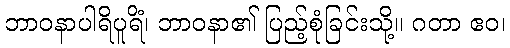
ဘာဝနာပါရိပူရိံ၊ ဘာဝနာ၏ ပြည့်စုံခြင်းသို့။ ဂတာ ဧဝ၊